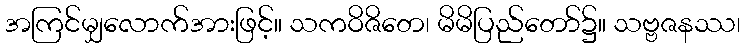
အကြင်မျှလောက်အားဖြင့်။ သကဝိဇိတေ၊ မိမိပြည်တော်၌။ သဗ္ဗဇနဿ၊